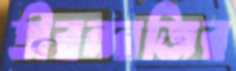
তীরন্দাজির